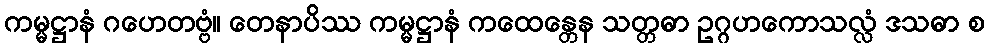
ကမ္မဋ္ဌာနံ ဂဟေတဗ္ဗံ။ တေနာပိဿ ကမ္မဋ္ဌာနံ ကထေန္တေန သတ္တဓာ ဥဂ္ဂဟကောသလ္လံ ဒသဓာ စ